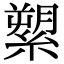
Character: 𦃗